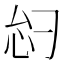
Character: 𫹸